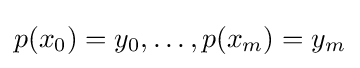
p(x_{0})=y_{0},\ldots ,p(x_{m})=y_{m}